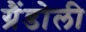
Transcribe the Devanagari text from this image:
ग्रैंडोली